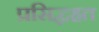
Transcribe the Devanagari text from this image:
प्रसिद्धहत